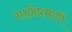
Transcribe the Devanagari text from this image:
शाळेप्रमाणे